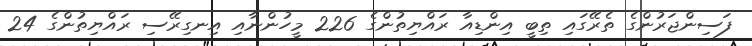
ފަސިންޖަރުންގެ ތެރޭގައި ތިބީ އިންޑިއާ ރައްޔިތުންގެ 226 މީހުންނާއި އިނގިރޭސި ރައްޔިތުންގެ 24